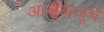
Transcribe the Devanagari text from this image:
आजूबाजूचं